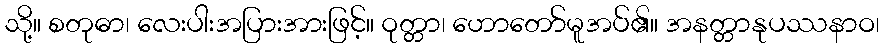
သို့။ စတုဓာ၊ လေးပါးအပြားအားဖြင့်။ ဝုတ္တာ၊ ဟောတော်မူအပ်၏။ အနတ္တာနုပဿနာဝ၊